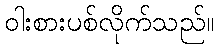
ဝါးစားပစ်လိုက်သည်။